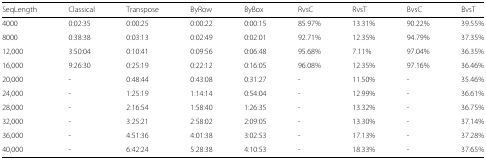
| SeqLength | Classical | Transpose | ByRow | ByBox | RvsC | RvsT | BvsC | BvsT |
 | --- | --- | --- | --- | --- | --- | --- | --- | --- |
 | 4000 | 0:02:35 | 0:00:25 | 0:00:22 | 0:00:15 | 85.97% | 13.31% | 90.22% | 39.55% |
 | 8000 | 0:38:38 | 0:03:13 | 0:02:49 | 0:02:01 | 92.71% | 12.35% | 94.79% | 37.35% |
 | 12,000 | 3:50:04 | 0:10:41 | 0:09:56 | 0:06:48 | 95.68% | 7.11% | 97.04% | 36.35% |
 | 16,000 | 9:26:30 | 0:25:19 | 0:22:12 | 0:16:05 | 96.08% | 12.35% | 97.16% | 36.46% |
 | 20,000 | - | 0:48:44 | 0:43:08 | 0:31:27 | - | 11.50% | - | 35.46% |
 | 24,000 | - | 1:25:19 | 1:14:14 | 0:54:04 | - | 12.99% | - | 36.61% |
 | 28,000 | - | 2:16:54 | 1:58:40 | 1:26:35 | - | 13.32% | - | 36.75% |
 | 32,000 | - | 3:25:21 | 2:58:02 | 2:09:05 | - | 13.30% | - | 37.14% |
 | 36,000 | - | 4:51:36 | 4:01:38 | 3:02:53 | - | 17.13% | - | 37.28% |
 | 40,000 | - | 6:42:24 | 5:28:38 | 4:10:53 | - | 18.33% | - | 37.65% |